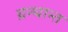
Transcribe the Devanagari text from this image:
ग्रन्थान्त